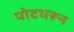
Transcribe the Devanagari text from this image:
पोटभरून